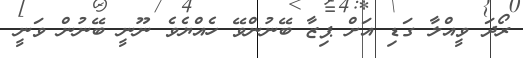
ރޯދަ ވީއްލާ ގަޑި އަށް ޕިޒާ ބޭނުންވޭ ހެއްޔެވެ ނޫނީ ބޭނުން ވަނީ